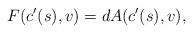
LaTeX: \begin{align*}F(c'(s),v)=dA(c'(s),v),\end{align*}